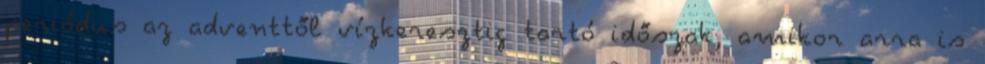
periódus az adventtől vízkeresztig tartó időszak, amikor arra is